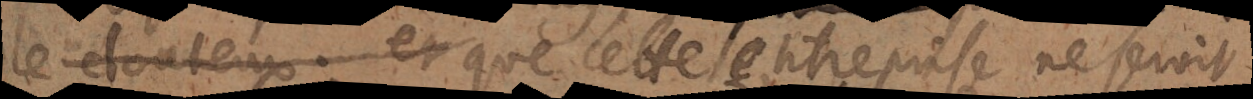
le douteuxet que cette entreprise ne seroit